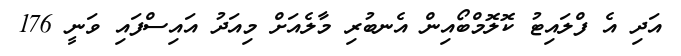
އަދި އެ ފްލައިޓު ކޮލޮމްބޯއިން އެނބުރި މާލެއަށް މިއަދު އައިސްފައި ވަނީ 176